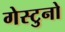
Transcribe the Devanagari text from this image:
गेस्टुनो